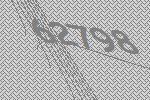
62798